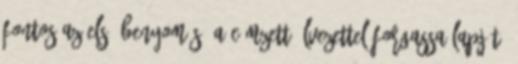
Fontos az első benyomás, a címzett élvezettel forgassa lapját,